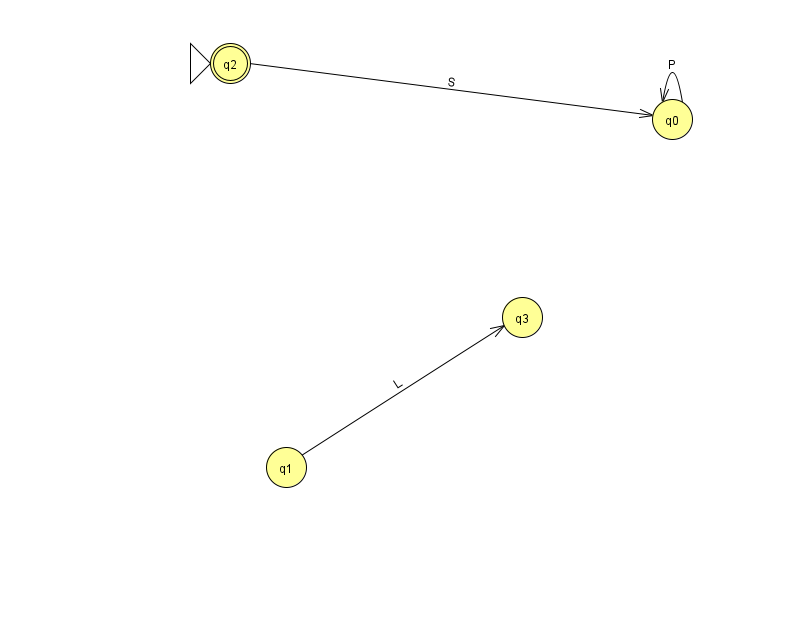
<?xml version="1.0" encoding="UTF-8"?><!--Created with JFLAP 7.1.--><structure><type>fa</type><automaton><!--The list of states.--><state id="0" name="q0"><x>672.0</x><y>106.0</y></state><state id="1" name="q1"><x>286.0</x><y>454.0</y></state><state id="2" name="q2"><x>230.0</x><y>50.0</y><initial/><final/></state><state id="3" name="q3"><x>522.0</x><y>304.0</y></state><!--The list of transitions.--><transition><from>0</from><to>0</to><read>P</read></transition><transition><from>1</from><to>3</to><read>L</read></transition><transition><from>2</from><to>0</to><read>S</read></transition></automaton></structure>